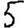
Digit: 5